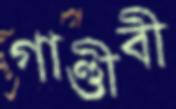
গাণ্ডীবী